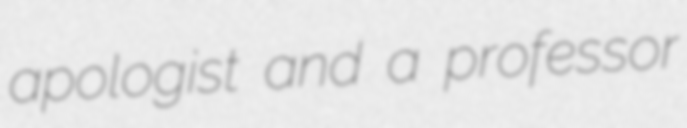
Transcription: apologist and a professor